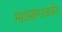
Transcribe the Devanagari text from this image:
महासागरआहेत